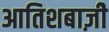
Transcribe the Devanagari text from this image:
आतिशबाज़ीे